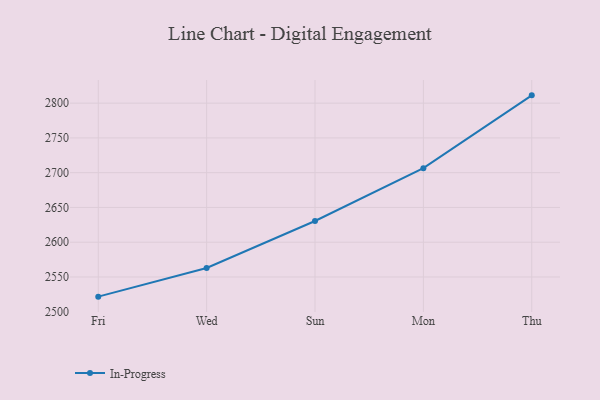
{"axis": {"x": "Day", "y": "Net Income (USD K)"}, "legend": ["In-Progress"], "data": [{"x": "Fri", "y": 2521.7, "type": "In-Progress"}, {"x": "Wed", "y": 2563.0, "type": "In-Progress"}, {"x": "Sun", "y": 2630.5, "type": "In-Progress"}, {"x": "Mon", "y": 2706.5, "type": "In-Progress"}, {"x": "Thu", "y": 2811.2, "type": "In-Progress"}]}